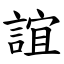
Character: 誼